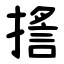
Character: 㨱